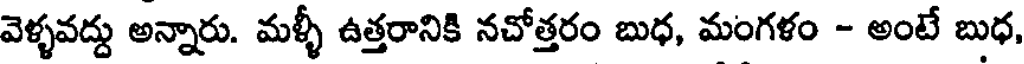
వెళ్ళవద్దు అన్నారు. మళ్ళీ ఉత్తరానికి నచోత్తరం బుధ, మంగళం - అంటే బుధ,